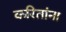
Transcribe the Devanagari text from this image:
करितांना